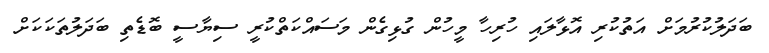
ބަދަލުކުރުމަށް އަތުކުރި އޮޅާލައި ހުރިހާ މީހުން ގުޅިގެން މަސައްކަތްކުރީ ސިޔާސީ ބޮޑެތި ބަދަލުތަކަކަށް